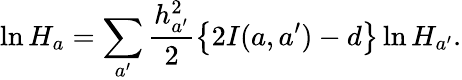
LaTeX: \ln H_{a}=\sum_{a^{\prime}}\frac{h_{a^{\prime}}^{2}}{2}\left\{ 2I(a,a^{\prime})-d\right\} \ln H_{a^{\prime}}.